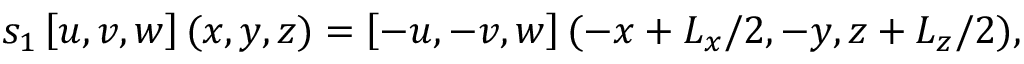
s _ { 1 } \left[ u , v , w \right] ( x , y , z ) = \left[ - u , - v , w \right] ( - x + L _ { x } / 2 , - y , z + L _ { z } / 2 ) ,